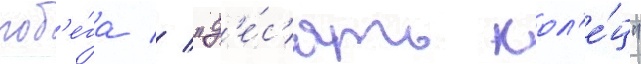
поб'е́га // "д'е́с'ять кол'е́ц"